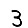
Digit: 3